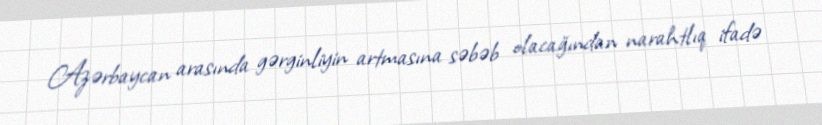
Azərbaycan arasında gərginliyin artmasına səbəb olacağından narahtlıq ifadə